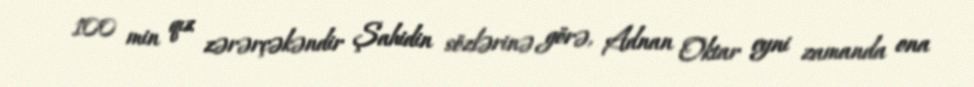
100 min qız zərərçəkəndir Şahidin sözlərinə görə, Adnan Oktar eyni zamanda ona